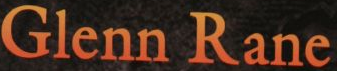
Glenn Rane